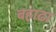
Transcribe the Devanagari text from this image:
बहाढा